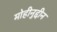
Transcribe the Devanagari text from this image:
मोहीनुद्दीन